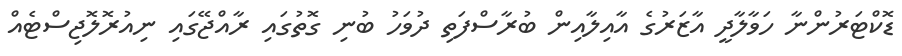
ޑޮކްޓަރުންނާ ހަވާލާދީ އާޒަރުގެ އާއިލާއިން ބުރާސްފަތި ދުވަހު ބުނި ގޮތުގައި ރާއްޖޭގައި ނިއުރޮލޮޖިސްޓެއް